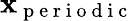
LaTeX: \mathbf{x}_{\mathrm{{~p~e~r~i~o~d~i~c~}}}